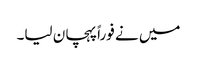
میں نے فوراً پہچان لیا۔